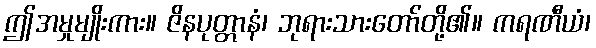
ဤအမှုမျိုးကား။ ဇိနပုတ္တာနံ၊ ဘုရားသားတော်တို့၏။ ကရဏီယံ၊